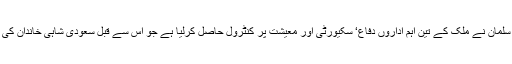
دوسری جانب ولی عہد شہزادہ محمد بن سلمان نے ملک کے تین اہم اداروں دفاع‘ سکیورٹی اور معیشت پر کنٹرول حاصل کرلیا ہے جو اس سے قبل سعودی شاہی خاندان کی الگ الگ شاخوں کے کنٹرول میں تھے۔